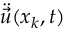
\ddot { \vec { u } } ( \boldsymbol { x } _ { k } , t )